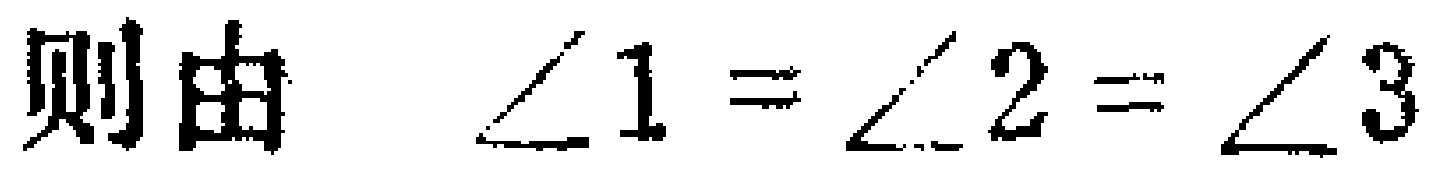
则由 $\angle 1 = \angle 2 = \angle 3$